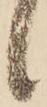
候